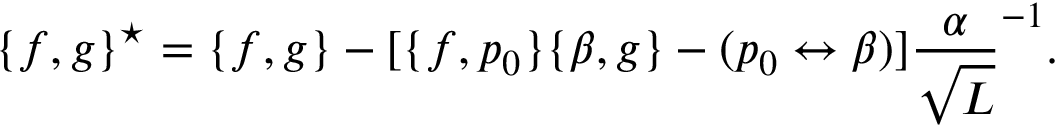
\{ f , g \} ^ { \star } = \{ f , g \} - [ \{ f , p _ { 0 } \} \{ \beta , g \} - ( p _ { 0 } \leftrightarrow \beta ) ] \frac { \alpha } { \sqrt { L } } ^ { - 1 } .